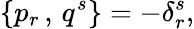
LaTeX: \{ p_{r}\, ,\, q^{s}\} =-\delta_{r}^{s},